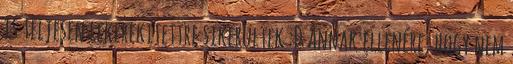
is teljesen lekerekítettre sikerültek :D Annak ellenére, hogy nem